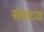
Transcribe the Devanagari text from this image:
संकटांत